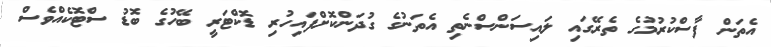
އެތަން ފާސްކުރުމުގެ ތެރޭގައި ލައިސަންސްނެތި އެތަނުގެ ގުދަންކޮށްފައިހުރި ޑޮކްޓަރީ ބޭހުގެ ބޮޑު ސްޓޮކެއްވެސް